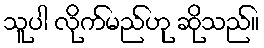
သူပါ လိုက်မည်ဟု ဆိုသည်။